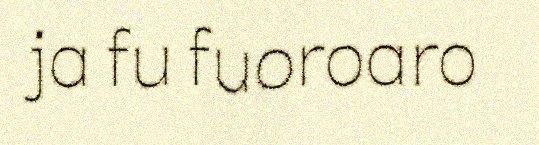
ja fu fuoroaro